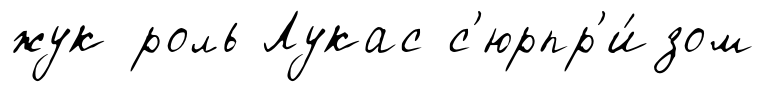
жук роль Лукас с'юрпр'и́зом